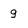
Character: g